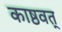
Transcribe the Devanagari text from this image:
काष्ठवत्